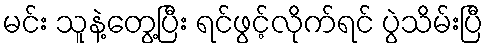
မင်း သူနဲ့တွေ့ပြီး ရင်ဖွင့်လိုက်ရင် ပွဲသိမ်းပြီ